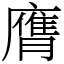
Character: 膺